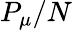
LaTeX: P_{\mu}/N